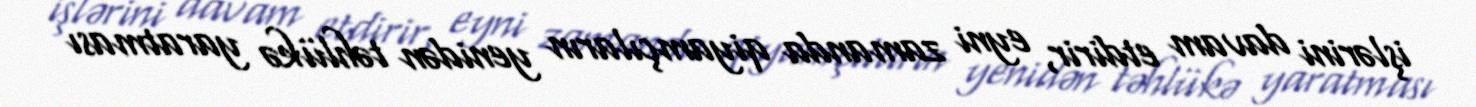
işlərini davam etdirir, eyni zamanda qiyamçıların yenidən təhlükə yaratması